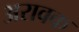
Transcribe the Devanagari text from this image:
अरावक